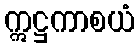
ဣဋ္ဌကာစယံ